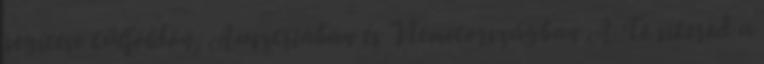
segítése külföldön, Ausztriában és Németországban A Te sikered a